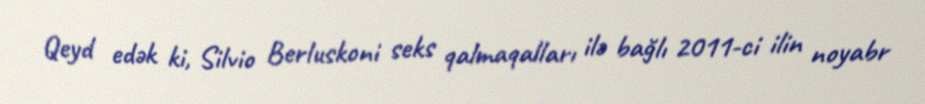
Qeyd edək ki, Silvio Berluskoni seks qalmaqalları ilə bağlı 2011-ci ilin noyabr